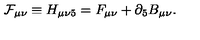
{ \cal F } _ { \mu \nu } \equiv H _ { \mu \nu 5 } = F _ { \mu \nu } + \partial _ { 5 } B _ { \mu \nu } .